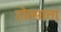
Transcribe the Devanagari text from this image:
होत्साता